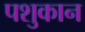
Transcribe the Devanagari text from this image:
पशुकान